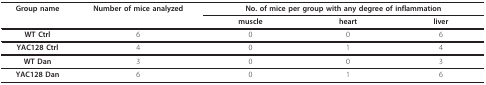
| Group name | Number of mice analyzed | <COLSPAN=3> No. of mice per group with any degree of inflammation |
 |  |  | muscle | heart | liver |
 | --- | --- | --- | --- | --- |
 | WT Ctrl | 6 | 0 | 0 | 6 |
 | YAC128 Ctrl | 4 | 0 | 1 | 4 |
 | WT Dan | 3 | 0 | 0 | 3 |
 | YAC128 Dan | 6 | 0 | 1 | 6 |